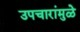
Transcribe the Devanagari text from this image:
उपचारांमुळे